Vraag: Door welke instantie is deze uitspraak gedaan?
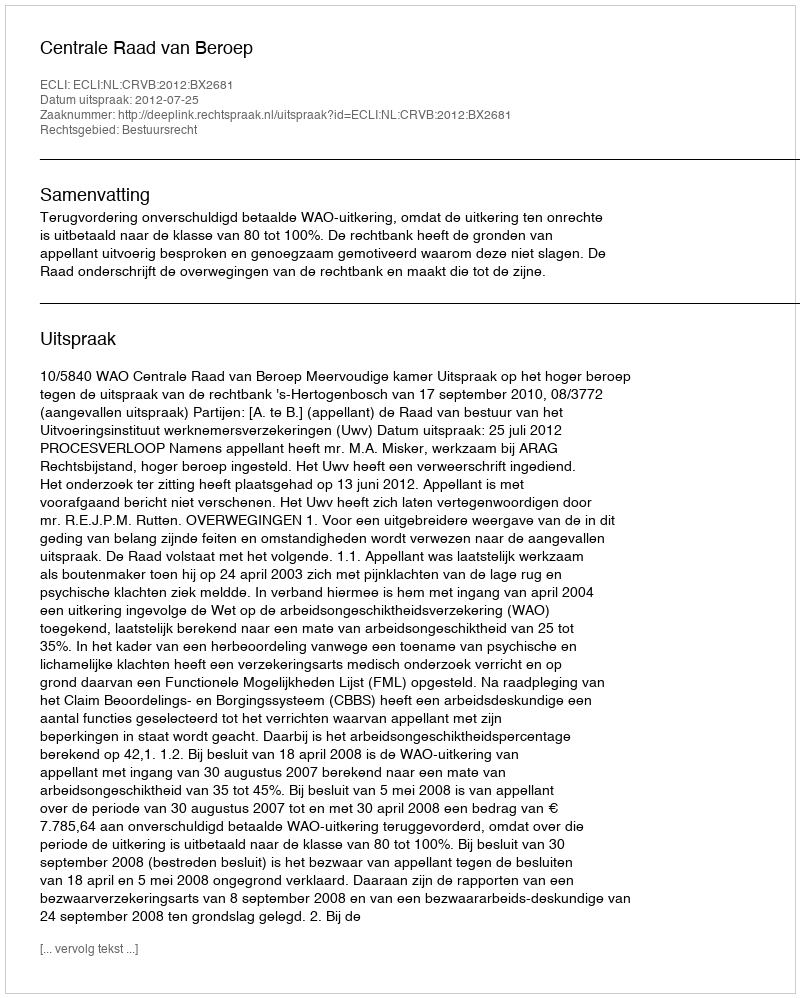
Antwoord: Centrale Raad van Beroep